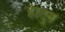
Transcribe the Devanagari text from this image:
हातुन